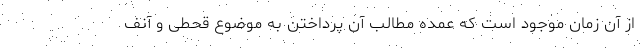
از آن زمان موجود است که عمده مطالب آن پرداختن به موضوع قحطی و آنف